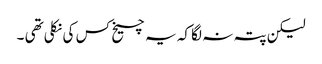
لیکن پتہ نہ لگا کہ یہ چیخ کس کی نکلی تھی ۔